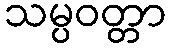
သမ္ပဝတ္တာ